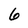
Character: 6